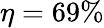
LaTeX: \eta=69\%